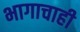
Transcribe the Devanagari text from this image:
भागाचाही